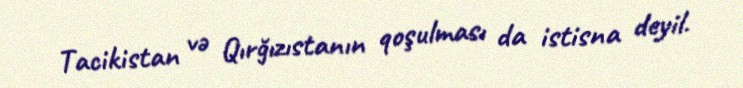
Tacikistan və Qırğızıstanın qoşulması da istisna deyil.